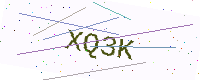
Text: XQ3K